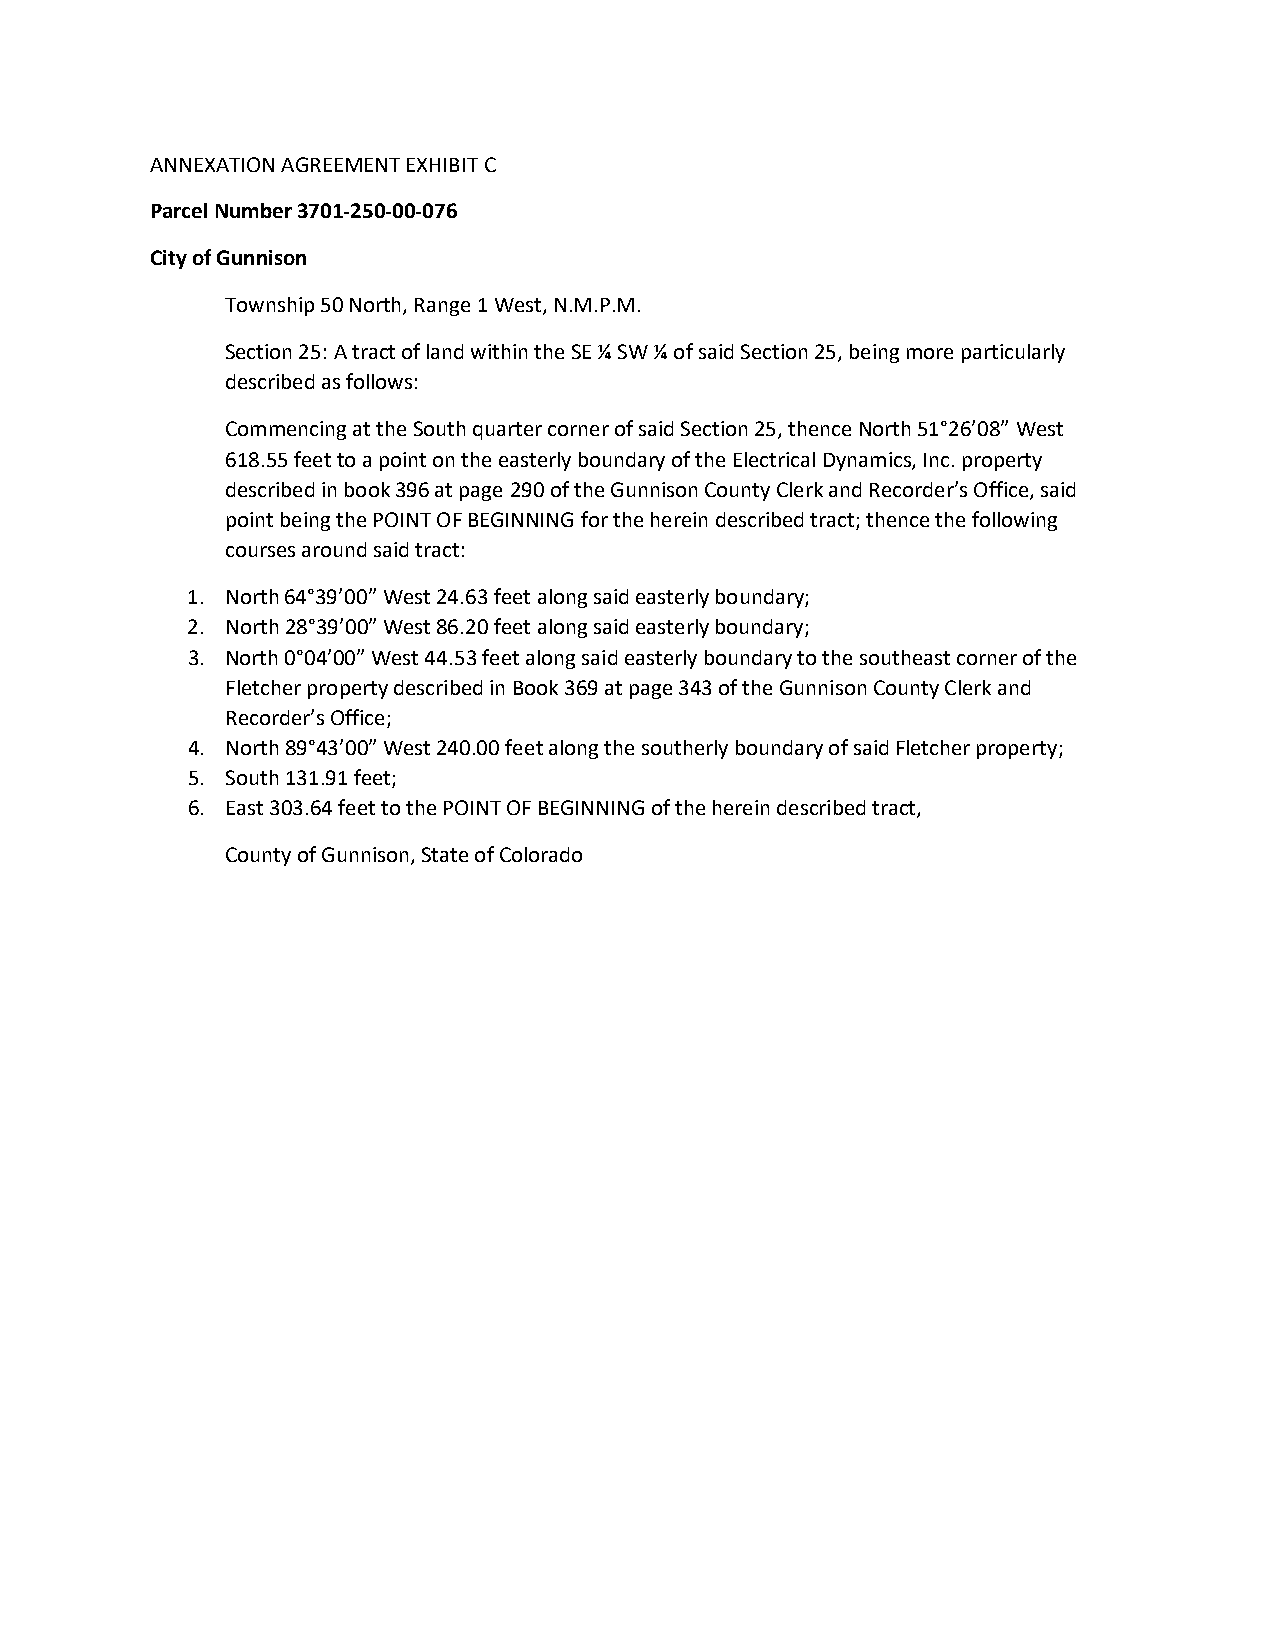
ANNEXATION AGREEMENT EXHIBIT C
 Parcel Number 3701-250-00-076
 City of Gunnison
 Township 50 North, Range 1 West, N.M.P.M.
 Section 25: A tract of land within the SE ¼ SW ¼ of said Section 25, being more particularly
 described as follows:
 Commencing at the South quarter corner of said Section 25, thence North 51°26’08” West
 618.55 feet to a point on the easterly boundary of the Electrical Dynamics, Inc. property
 described in book 396 at page 290 of the Gunnison County Clerk and Recorder’s Office, said
 point being the POINT OF BEGINNING for the herein described tract; thence the following
 courses around said tract:
 1. North 64°39’00” West 24.63 feet along said easterly boundary;
 2. North 28°39’00” West 86.20 feet along said easterly boundary;
 3. North 0°04’00” West 44.53 feet along said easterly boundary to the southeast corner of the
 Fletcher property described in Book 369 at page 343 of the Gunnison County Clerk and
 Recorder’s Office;
 4. North 89°43’00” West 240.00 feet along the southerly boundary of said Fletcher property;
 5. South 131.91 feet;
 6. East 303.64 feet to the POINT OF BEGINNING of the herein described tract,
 County of Gunnison, State of Colorado